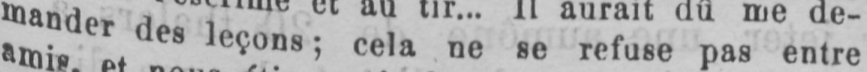
mander des leçons; cela ne se refuse pas entre